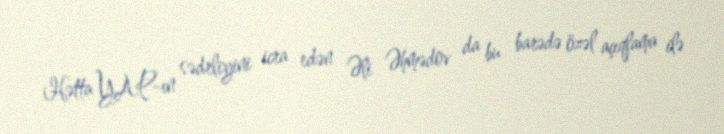
Hətta YAP-ın sədrliyini icra edən Əli Əhmədov da bu barədə özəl açıqlama ilə